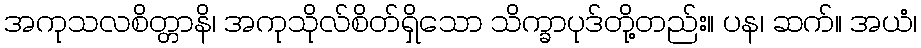
အကုသလစိတ္တာနိ၊ အကုသိုလ်စိတ်ရှိသော သိက္ခာပုဒ်တို့တည်း။ ပန၊ ဆက်။ အယံ၊